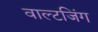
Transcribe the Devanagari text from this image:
वाल्टजिंग